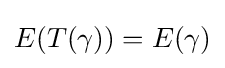
E(T(\gamma ))=E(\gamma )